Civil Veterinary Dept. Bombay admin report 1900-1906 - 1900-1906
Year: 1900
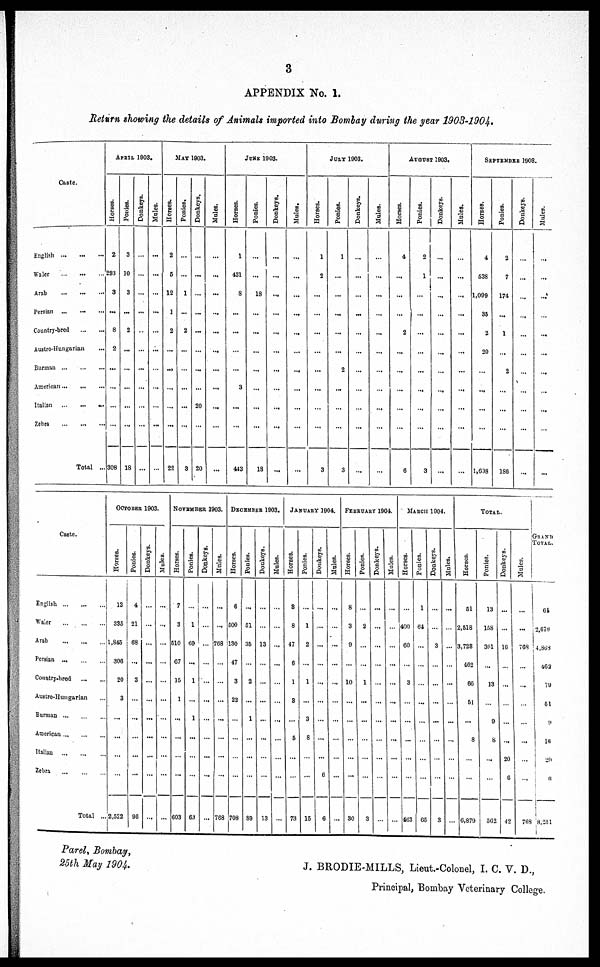
3
APPENDIX No. 1.
Return showing the details of Animals imported into Bombay during the year 1903-1904.
Caste.
English
...
...
...
Waler
...
...
...
Arab
...
...
...
Persian
...
...
...
Country-bred ... ... ...
Austro-Hungarian ...
Burman
...
...
...
American
...
...
...
Italian
...
...
...
Zebra
...
...
...
Total ...
APRIL 1903.
Horses.
2
293
3
...
8
2
...
...
...
...
308
Ponies.
3
]0
3
...
2
...
...
...
...
...
18
Donkeys.
...
...
...
...
...
...
...
...
...
...
...
Mules.
...
...
...
...
...
...
...
...
...
...
...
MAY 1903.
Horses.
2
5
12
1
2
...
...
...
...
...
22
Ponies.
...
...
1
...
2
...
...
...
...
...
3
Donkeys.
...
...
...
...
...
...
...
...
20
...
20
Mules.
...
...
...
...
...
...
...
...
...
...
...
JUNE 1903.
Horses.
1
431
8
...
...
...
...
3
...
...
443
Ponies.
...
...
18
...
...
...
...
...
...
...
18
Donkeys.
...
...
...
...
...
...
...
...
...
...
...
Mules.
...
...
...
...
...
...
...
...
...
...
...
JULY 1903.
Horses.
1
2
...
...
...
...
...
...
...
...
3
Ponies.
1
...
...
...
...
...
2
...
...
...
3
Donkeys.
...
...
...
...
...
...
...
...
...
...
...
Mules.
...
...
...
...
...
...
...
...
...
...
...
AUGUST 1903.
Horses.
4
...
...
...
2
...
...
...
...
...
6
Ponies.
2
1
...
...
...
...
...
...
...
...
3
Donkeys.
...
...
...
...
...
...
...
...
...
...
...
Mules.
...
...
...
...
...
...
...
...
...
...
...
SEPTEMBER 1903.
Horses.
4
538
1,009
35
2
20
...
...
...
...
1,698
Ponies.
2
7
174
...
1
...
2
...
...
...
186
Donkeys.
...
...
...
...
...
...
...
...
...
...
...
Mules.
...
...
...
...
...
...
...
...
...
...
...
Caste.
English
Waler
...
...
...
Arab
Persian
Country-bred
...
...
Austro-Hungarian ...
Burman
...
...
...
American
...
...
...
Italian
...
...
...
Zebra
Total ...
OCTOBER 1903
Horses.
13
335
1,845
306
20
3
...
...
...
...
2,522
Ponies.
4
21
68
...
3
...
...
...
96
Donkeys.
...
...
...
...
...
Mules.
...
...
NOVEMBER 1903.
Horses.
7
3
510
C7
15
1
...
...
...
603
Ponies.
1
60
...
1
1
...
63
Donkeys.
...
...
...
Mules.
...
768
...
...
...
...
...
768
DECEMBER 1903.
Horses.
6
600
130
47
3
22
708
Ponies.
51
35
2
1
...
...
89
Donkeys.
13
...
...
...
...
13
Mules.
...
...
...
...
...
JANUARY 1904.
Horses.
3
8
47
6
1
3
5
...
73
Ponies.
1
2
1
...
3
8
15
Donkeys.
...
...
...
6
6
Mules.
...
...
...
...
FEBRUARY 1904.
Horses.
8
3
9
10
...
...
30
Ponies.
2
1
...
...
3
Donkeys.
...
...
Mules.
...
...
...
...
MARCH 1904.
Horses.
400
60
3
463
Ponies.
1
64
...
...
...
65
Donkeys.
3
...
...
...
3
Mules.
...
...
TOTAL.
Horses.
51
2,518
3,723
462
66
51
...
8
6,879
Ponies.
13
158
301
13
9
8
...
...
562
Donkeys.
...
16
...
...
20
6
42
Mules.
...
768
...
...
...
...
...
768
GRAND
TOTAL.
61
2,676
4,863
462
79
51
9
1«
20
6
8,254
Parel, Bombay,
25th May 1904.
J. BRODIE-MILLS, Lieut.-Colonel, I. C. V. D.,
Principal, Bombay Veterinary College.